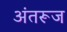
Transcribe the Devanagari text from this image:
अंतरूज